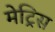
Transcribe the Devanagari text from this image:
मेट्रिस